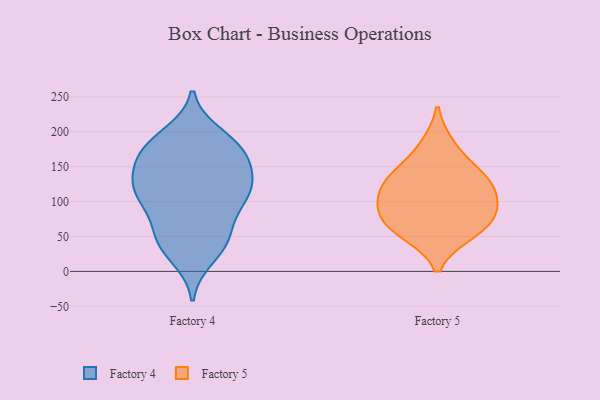
{"axis": {"x": "Inventory Turnover", "y": "Value"}, "legend": ["Factory 4", "Factory 5"], "data": [{"x": "", "y": 141, "type": "Factory 4"}, {"x": "", "y": 21, "type": "Factory 4"}, {"x": "", "y": 104, "type": "Factory 4"}, {"x": "", "y": 184, "type": "Factory 4"}, {"x": "", "y": 110, "type": "Factory 4"}, {"x": "", "y": 160, "type": "Factory 4"}, {"x": "", "y": 104, "type": "Factory 4"}, {"x": "", "y": 174, "type": "Factory 4"}, {"x": "", "y": 119, "type": "Factory 4"}, {"x": "", "y": 49, "type": "Factory 4"}, {"x": "", "y": 119, "type": "Factory 4"}, {"x": "", "y": 52, "type": "Factory 4"}, {"x": "", "y": 89, "type": "Factory 4"}, {"x": "", "y": 182, "type": "Factory 4"}, {"x": "", "y": 46, "type": "Factory 4"}, {"x": "", "y": 149, "type": "Factory 4"}, {"x": "", "y": 125, "type": "Factory 4"}, {"x": "", "y": 170, "type": "Factory 4"}, {"x": "", "y": 195, "type": "Factory 4"}, {"x": "", "y": 38, "type": "Factory 4"}, {"x": "", "y": 128, "type": "Factory 5"}, {"x": "", "y": 181, "type": "Factory 5"}, {"x": "", "y": 104, "type": "Factory 5"}, {"x": "", "y": 139, "type": "Factory 5"}, {"x": "", "y": 54, "type": "Factory 5"}, {"x": "", "y": 86, "type": "Factory 5"}, {"x": "", "y": 57, "type": "Factory 5"}, {"x": "", "y": 99, "type": "Factory 5"}, {"x": "", "y": 136, "type": "Factory 5"}, {"x": "", "y": 74, "type": "Factory 5"}]}